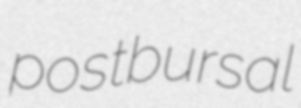
postbursal